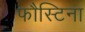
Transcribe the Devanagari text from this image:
फौस्टिना